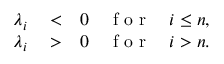
\begin{array} { r l r } { \lambda _ { i } } & { { } < } & { 0 \quad \mathrm { ~ f ~ o ~ r ~ } \quad i \le n , } \\ { \lambda _ { i } } & { { } > } & { 0 \quad \mathrm { ~ f ~ o ~ r ~ } \quad i > n . } \end{array}